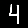
Digit: 4